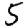
Digit: 5